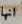
انها